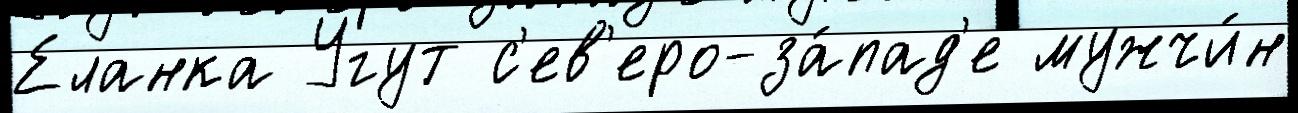
Еланка Угут с'ев'еро-за́пад'е мужчи́н